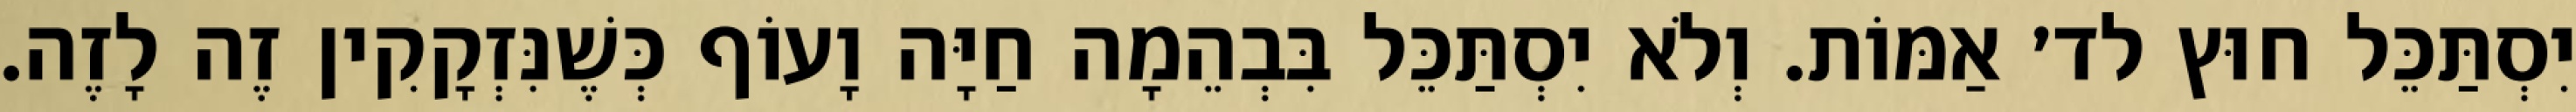
יִסְתַּכֵּל חוּץ לד׳ אַמּוֹת. וְלֹא יִסְתַּכֵּל בִּבְהֵמָה חַיָּה וָעוֹף כְּשֶׁנִּזְקָקִין זֶה לָזֶה.